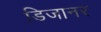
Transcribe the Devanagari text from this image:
डिजानर